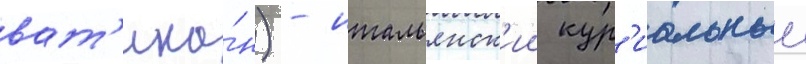
ват'ика́н) - итальянск'ии кур'иальныи